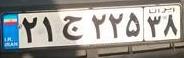
۲۱ج۲۲۵۳۸